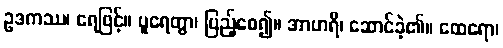
ဥဒကဿ၊ ရေဖြင့်။ ပူရေတွာ၊ ပြည့်စေ၍။ အာဟရိ၊ ဆောင်ခဲ့၏။ ထေရော၊